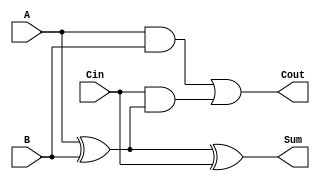
module TreeStructuredFullAdder (
    input wire A,      // First binary input
    input wire B,      // Second binary input
    input wire Cin,    // Carry-in input
    output wire Sum,   // Sum output
    output wire Cout   // Carry-out output
);

    // Intermediate signals
    wire AB_xor;       // Intermediate XOR for A and B
    wire A_and_B;      // AND of A and B
    wire Cin_and_AB;   // AND of Cin and (A XOR B)

    // Layer 1: Calculate intermediate results
    assign AB_xor = A ^ B;              // A XOR B
    assign Sum = AB_xor ^ Cin;          // Sum = (A XOR B) XOR Cin

    // Layer 2: Calculate carry-out
    assign A_and_B = A & B;             // A AND B
    assign Cin_and_AB = Cin & AB_xor;   // Cin AND (A XOR B)
    assign Cout = A_and_B | Cin_and_AB; // Cout = (A AND B) OR (Cin AND (A XOR B))

endmodule